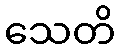
သေတိ